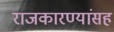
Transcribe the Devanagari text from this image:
राजकारण्यांसह